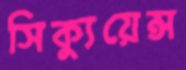
সিক্যুয়েন্স